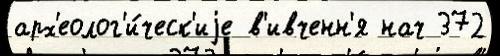
арх'еолог'и́ческ'иjе в'ивченн'я нач 372